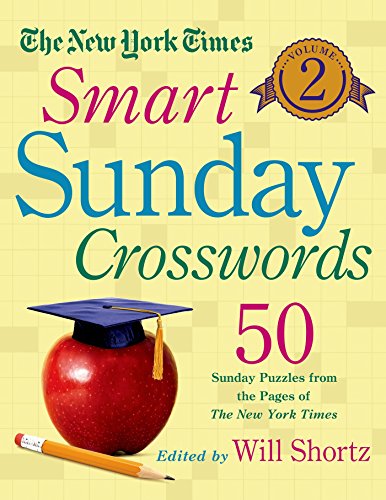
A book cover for The New York Times Smart Sunday Crosswords Volume 2: 50 Sunday Puzzles from the Pages of The New York Times; The New York Times; Humor & Entertainment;